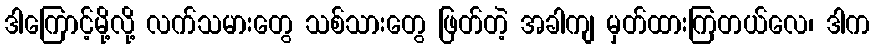
ဒါကြောင့်မို့လို့ လက်သမားတွေ သစ်သားတွေ ဖြတ်တဲ့ အခါကျ မှတ်ထားကြတယ်လေ၊ ဒါက